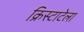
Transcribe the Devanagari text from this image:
क्रिस्टाटेला